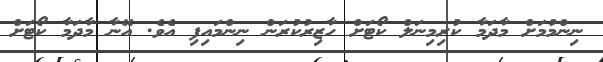
ނިންމުމަށް މާދަމާ ކުރިމިނަލް ކޯޓަށް ހާޒިރުކުރަން ނިންމައިފި އެވެ. އޭނާ މާދަމާ ކޯޓަށް